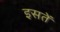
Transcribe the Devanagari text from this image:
इसतें